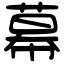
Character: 幕